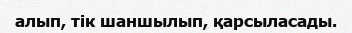
алып, тік шаншылып, қарсыласады.